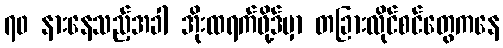
၇၀ နားနေသည့်အခါ အိုးထရက်ဖို့ဒ်မှာ တခြားလိုင်စင်တွေကနေ